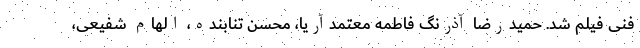
فنی فیلم شد. حمیدرضا آذرنگ فاطمه معتمدآریا، محسن تنابنده، الهام شفیعی،